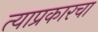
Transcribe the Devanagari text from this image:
त्याप्रकारचा